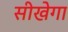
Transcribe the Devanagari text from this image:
सीखेगा